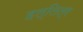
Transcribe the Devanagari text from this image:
हल्लित्र